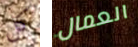
كل العمال